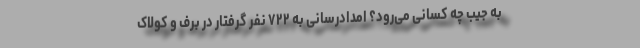
به جیب چه کسانی می‌رود؟ امدادرسانی به ۷۲۲ نفر گرفتار در برف و کولاک